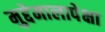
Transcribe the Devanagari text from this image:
मुद्देमालापेक्षा